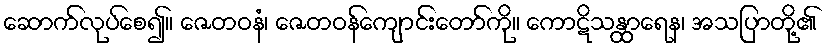
ဆောက်လုပ်စေ၍။ ဇေတဝနံ၊ ဇေတဝန်ကျောင်းတော်ကို။ ကောဋိသန္ထာရေန၊ အသပြာတို့၏